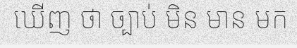
ឃើញ ថា ច្បាប់ មិន មាន មក